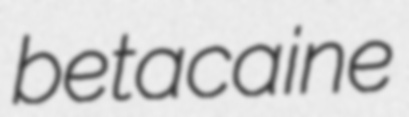
betacaine